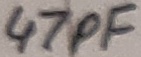
Text: 47pF